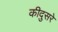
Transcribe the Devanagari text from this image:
कीदुसरे